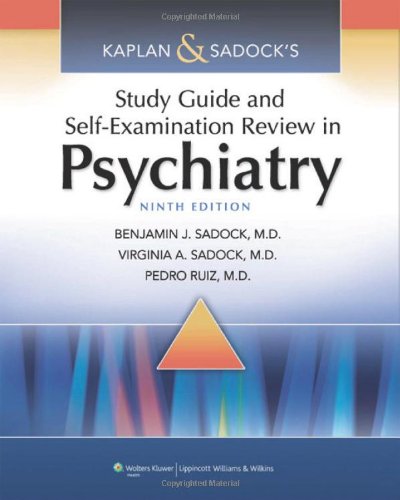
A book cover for Kaplan & Sadock's Study Guide and Self-Examination Review in Psychiatry (STUDY GUIDE/SELF EXAM REV/ SYNOPSIS OF PSYCHIATRY (KAPLANS)); Benjamin J. Sadock MD; Medical Books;